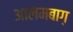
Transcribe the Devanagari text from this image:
आलमबाग़